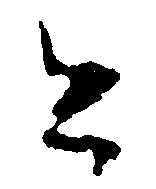
と